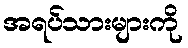
အရပ်သားများကို